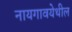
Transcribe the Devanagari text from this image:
नायगावयेथील